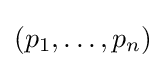
(p_{1},\ldots ,p_{n})